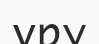
үру